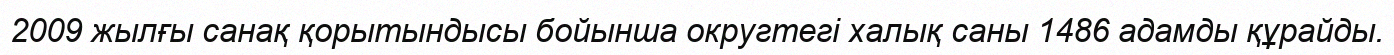
2009 жылғы санақ қорытындысы бойынша округтегі халық саны 1486 адамды құрайды.